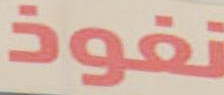
نفوذ